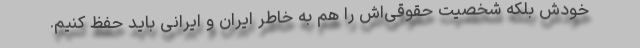
خودش بلکه شخصیت حقوقی‌اش را هم به‌ خاطر ایران و ایرانی باید حفظ کنیم.